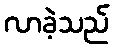
လာခဲ့သည်